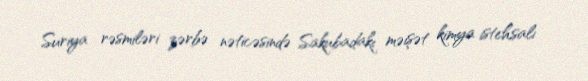
Suriya rəsmiləri zərbə nəticəsində Sakubadakı məişət kimya istehsalı